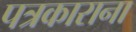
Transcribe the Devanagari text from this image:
पत्रकाराना